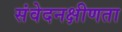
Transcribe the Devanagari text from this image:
संवेदनक्षीणता